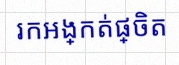
រកអង្កត់ផ្ចិត